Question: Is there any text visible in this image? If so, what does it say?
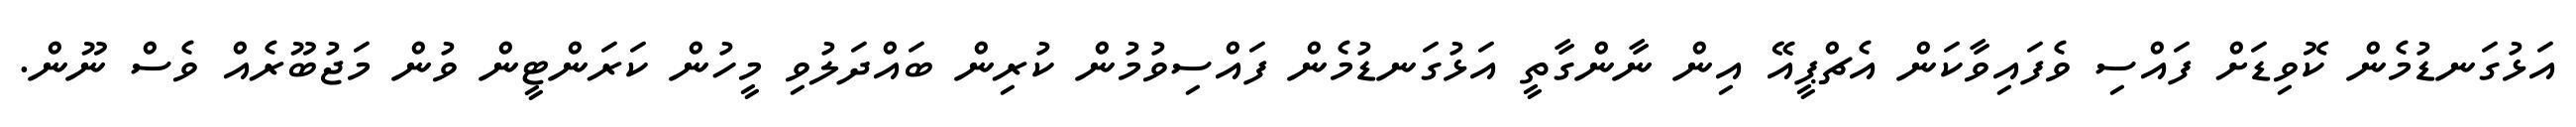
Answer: އަޅުގަނޑުމެން ކޮވިޑަށް ފައްސި ވެފައިވާކަން އެޗްޕީއޭ އިން ނާންގާތީ އަޅުގަނޑުމެން ފައްސިވުމުން ކުރިން ބައްދަލުވި މީހުން ކަރަންޓީން ވުން މަޖުބޫރެއް ވެސް ނޫން.